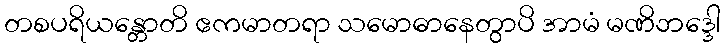
တစပရိယန္တောတိ ဧကမာတရာ သမောဓာနေတွာပိ အာမံ မဏိဘဒ္ဒေါ